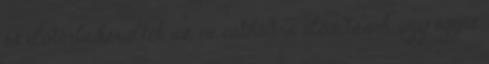
és előtérbe kerültek az ex cathedra előadások, úgy egyre